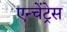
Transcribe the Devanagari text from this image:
एन्चेंट्रेस